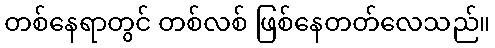
တစ်နေရာတွင် တစ်လစ် ဖြစ်နေတတ်လေသည်။